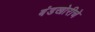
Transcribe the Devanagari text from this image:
बंडखोरीचे